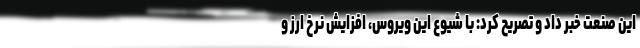
این صنعت خبر داد و تصریح کرد: با شیوع این ویروس، افزایش نرخ ارز و